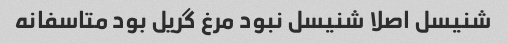
شنیسل اصلا شنیسل نبود مرغ گریل بود متاسفانه